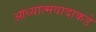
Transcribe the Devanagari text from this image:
आध्यात्मवादाकडे